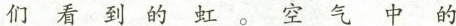
们看到的虹。空气中的